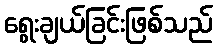
ရွေးချယ်ခြင်းဖြစ်သည်